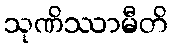
သုဏိဿာမီတိ